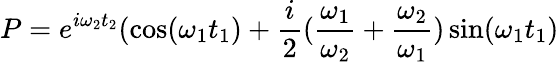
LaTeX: P=e^{i\omega_{2}t_{2}}(\cos(\omega_{1}t_{1})+\frac{i}{2}(\frac{\omega_{1}}{\omega_{2}}+\frac{\omega_{2}}{\omega_{1}})\sin(\omega_{1}t_{1})